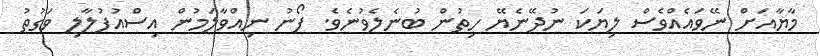
މާޔާއަށް ނޭވައެއްވެސް ލިޔަކަ ނުދޭނެޔޭ ހިތުން ބުނެލެވުނެވެ. ފޯނު ނިއްވާލަމުން އިސްއުފުލާލި ވަގުތު